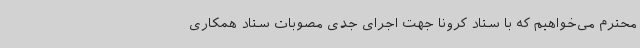
محترم می‌خواهیم که با ستاد کرونا جهت اجرای جدی مصوبات ستاد همکاری